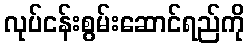
လုပ်ငန်းစွမ်းဆောင်ရည်ကို